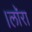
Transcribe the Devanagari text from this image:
।लाॅरा